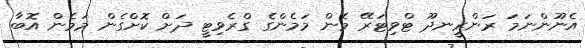
އެނޫންނަމަ ރަންރީނދޫ ޓްވިޓަރޭ މެން މަމެންގެ ގްރެވިޓީ ދަށް ކޮށްގެން މަމެން އޮބާ